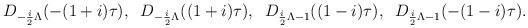
LaTeX: \begin{align*}D_{-\frac{i}{2}\Lambda}(-(1+i) \tau),\; \;D_{-\frac{i}{2}\Lambda}((1+i) \tau),\; \;D_{\frac{i}{2}\Lambda -1}((1-i) \tau),\; \;D_{\frac{i}{2}\Lambda -1}(-(1-i) \tau) .\end{align*}